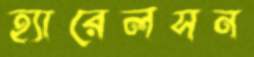
হ্যারেলসন